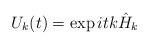
LaTeX: \begin{align*} U_k(t) = \exp i t k \hat{H}_k \end{align*}